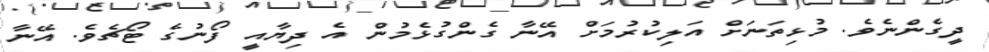
ދީގެންނެވެ. މުޅިތަނަށް އަލިކުރުމަށް އޭނާ ގެންގުޅެމުން އެ ދިޔާއީ ފޯނުގެ ޓޯޗެވެ. އޭނާ